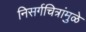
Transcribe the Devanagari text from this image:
निसर्गचित्रांमुळे